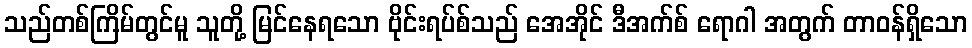
သည်တစ်ကြိမ်တွင်မူ သူတို့ မြင်နေရသော ဗိုင်းရပ်စ်သည် အေအိုင် ဒီအက်စ် ရောဂါ အတွက် တာဝန်ရှိသော